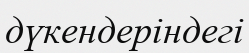
дүкендеріндегі